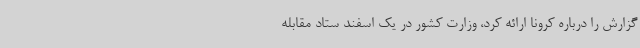
گزارش را درباره کرونا ارائه کرد، وزارت کشور در یک اسفند ستاد مقابله